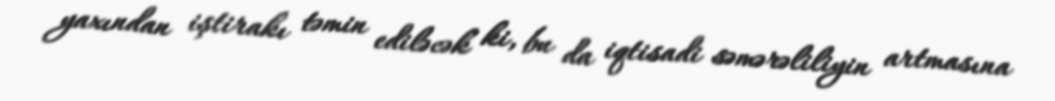
yaxından iştirakı təmin ediləcək ki, bu da iqtisadi səmərəliliyin artmasına